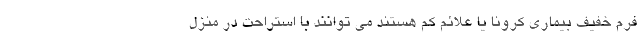
فرم خفیف بیماری کرونا یا علائم کم هستند می توانند با استراحت در منزل